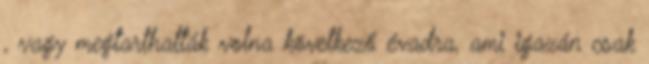
, vagy megtarthatták volna következő évadra, ami igazán csak